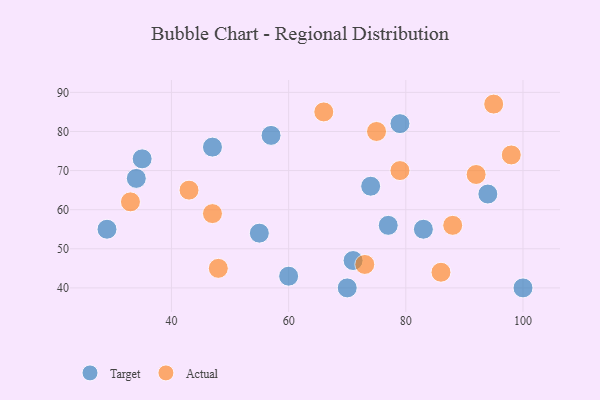
{"axis": {"x": "GDP", "y": "Life Expectancy"}, "legend": ["Actual", "Target"], "data": [{"x": "35", "y": 73, "type": "Target"}, {"x": "94", "y": 64, "type": "Target"}, {"x": "77", "y": 56, "type": "Target"}, {"x": "71", "y": 47, "type": "Target"}, {"x": "70", "y": 40, "type": "Target"}, {"x": "29", "y": 55, "type": "Target"}, {"x": "57", "y": 79, "type": "Target"}, {"x": "83", "y": 55, "type": "Target"}, {"x": "100", "y": 40, "type": "Target"}, {"x": "74", "y": 66, "type": "Target"}, {"x": "47", "y": 76, "type": "Target"}, {"x": "34", "y": 68, "type": "Target"}, {"x": "79", "y": 82, "type": "Target"}, {"x": "60", "y": 43, "type": "Target"}, {"x": "55", "y": 54, "type": "Target"}, {"x": "92", "y": 69, "type": "Actual"}, {"x": "86", "y": 44, "type": "Actual"}, {"x": "48", "y": 45, "type": "Actual"}, {"x": "95", "y": 87, "type": "Actual"}, {"x": "73", "y": 46, "type": "Actual"}, {"x": "98", "y": 74, "type": "Actual"}, {"x": "66", "y": 85, "type": "Actual"}, {"x": "75", "y": 80, "type": "Actual"}, {"x": "33", "y": 62, "type": "Actual"}, {"x": "47", "y": 59, "type": "Actual"}, {"x": "88", "y": 56, "type": "Actual"}, {"x": "43", "y": 65, "type": "Actual"}, {"x": "79", "y": 70, "type": "Actual"}]}